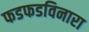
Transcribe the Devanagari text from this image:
फडफडविनारा